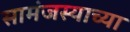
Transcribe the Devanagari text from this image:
सामंजस्याच्या